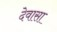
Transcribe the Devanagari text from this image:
देवासा